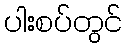
ပါးစပ်တွင်